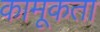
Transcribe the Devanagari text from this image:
कामूकता